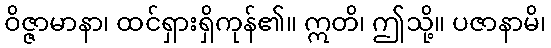
ဝိဇ္ဇာမာနာ၊ ထင်ရှားရှိကုန်၏။ ဣတိ၊ ဤသို့။ ပဇာနာမိ၊